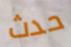
حدث